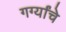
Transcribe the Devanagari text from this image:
गर्ग्यांचे